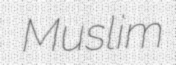
Muslim